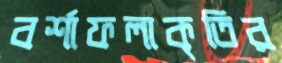
বর্শাফলাকৃতির